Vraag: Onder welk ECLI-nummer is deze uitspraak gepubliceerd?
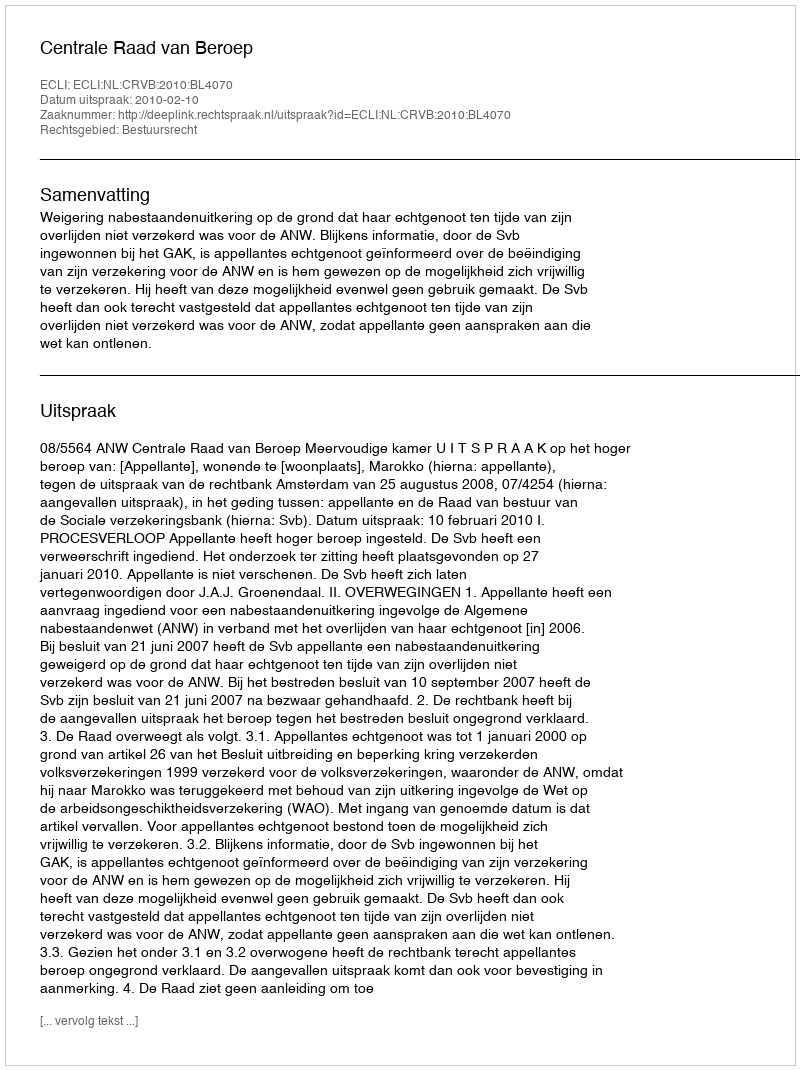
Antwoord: ECLI:NL:CRVB:2010:BL4070